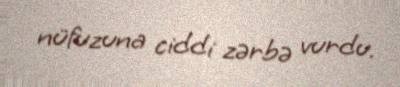
nüfuzuna ciddi zərbə vurdu.